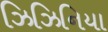
ઝિઝિનિયા